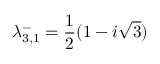
\lambda _ { 3 , 1 } ^ { - } = \frac { 1 } { 2 } ( 1 - i \sqrt { 3 } )